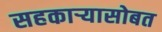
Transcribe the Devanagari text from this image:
सहकाऱ्यासोबत